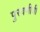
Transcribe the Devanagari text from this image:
पुरवणीची